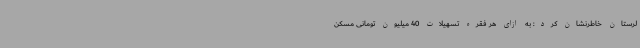
لرستان خاطرنشان کرد: به ‌ازای هر فقره تسهیلات 40 میلیون تومانی مسکن